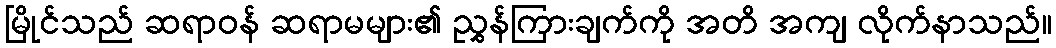
မြိုင်သည် ဆရာဝန် ဆရာမများ၏ ညွှန်ကြားချက်ကို အတိ အကျ လိုက်နာသည်။